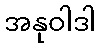
အနုဝါဒါ